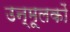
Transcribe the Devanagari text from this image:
उन्मूलकों